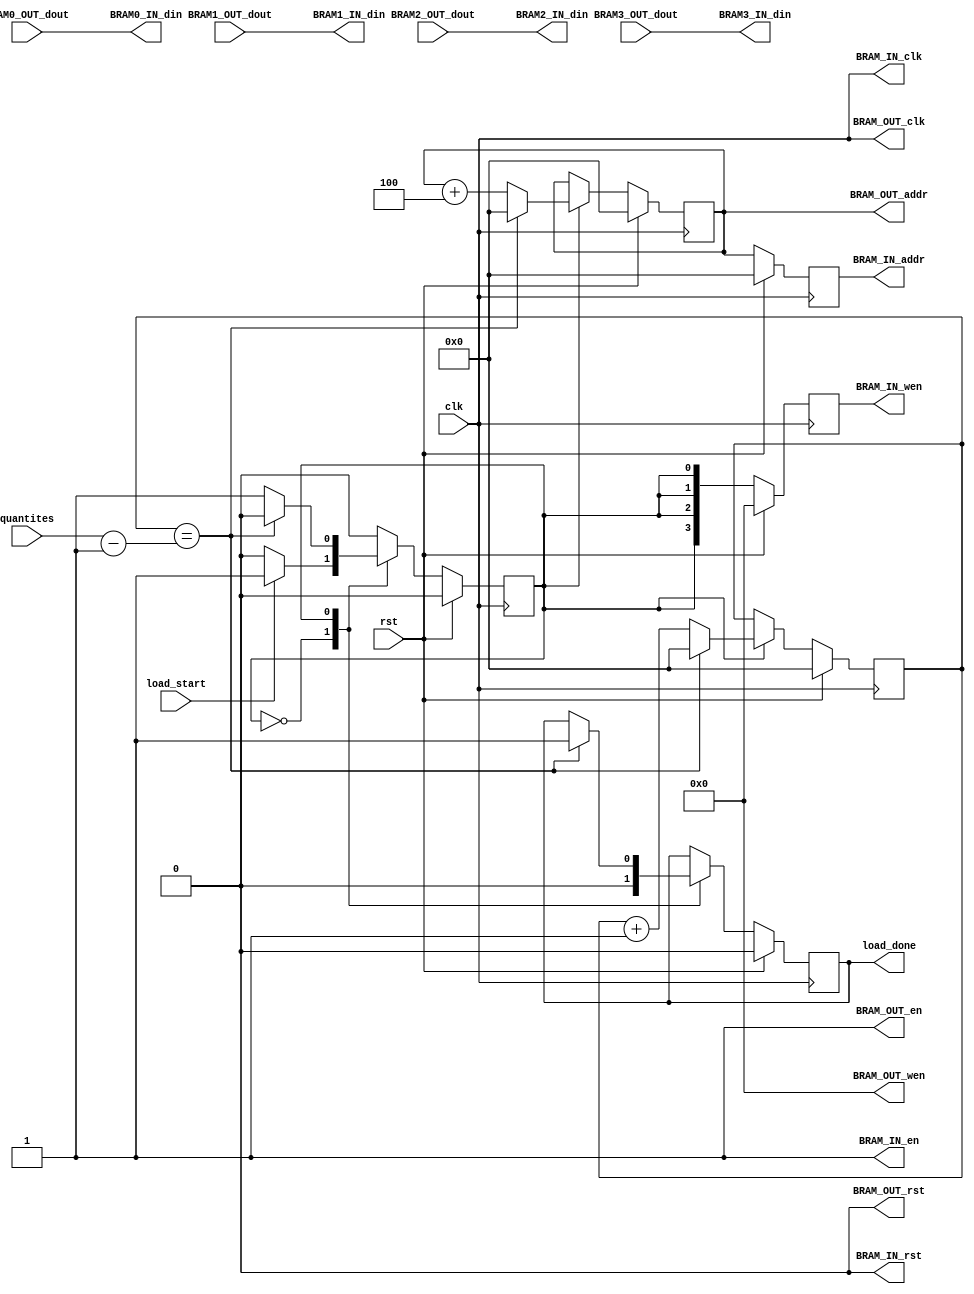
`timescale 1ns / 1ps
//////////////////////////////////////////////////////////////////////////////////
// Company: 
// Engineer: 
// 
// Design Name: 
// Module Name: bram_transfer
// Project Name: 
// Target Devices: 
// Tool Versions: 
// Description: 
// 
// Dependencies: 
// 
// Revision:
// Revision 0.01 - File Created
// Additional Comments:
// 
//////////////////////////////////////////////////////////////////////////////////


module bram_transfer(
    clk, rst,
    
    load_start,
    quantites,
    load_done,
    
    BRAM_IN_clk,
    BRAM_IN_en,
    BRAM_IN_rst,
    BRAM0_IN_din,
    BRAM1_IN_din,
    BRAM2_IN_din,
    BRAM3_IN_din,
    BRAM_IN_wen,
    BRAM_IN_addr,

    BRAM_OUT_clk,
    BRAM_OUT_en,
    BRAM_OUT_rst,
    BRAM_OUT_wen,
    BRAM_OUT_addr,
    BRAM0_OUT_dout,
    BRAM1_OUT_dout,
    BRAM2_OUT_dout,
    BRAM3_OUT_dout    
    );
    parameter BRAM_ADDR_BIT = 32;
    parameter BRAM_WIDTH = 32;
    
    parameter BRAM_BYTE = BRAM_ADDR_BIT/8;
    localparam STATE_IDLE = 0;
    localparam STATE_LOAD = 1;
////////////////////////////////////////////////////////////////////
    input clk, rst, load_start;
    input [31:0]quantites;
    output reg load_done;
    
    output BRAM_IN_clk, BRAM_IN_en, BRAM_IN_rst;
    output [BRAM_WIDTH-1:0] BRAM0_IN_din, BRAM1_IN_din, BRAM2_IN_din, BRAM3_IN_din;
    output reg [BRAM_BYTE-1:0] BRAM_IN_wen;
    output reg [BRAM_ADDR_BIT-1:0] BRAM_IN_addr;
    
    output BRAM_OUT_clk, BRAM_OUT_en, BRAM_OUT_rst;
    output [BRAM_BYTE-1:0] BRAM_OUT_wen;
    output reg [BRAM_ADDR_BIT-1:0] BRAM_OUT_addr;
    input [BRAM_WIDTH-1:0] BRAM0_OUT_dout, BRAM1_OUT_dout, BRAM2_OUT_dout, BRAM3_OUT_dout;   
////////////////////////////////////////////////////////////////////
    reg       state;
    reg [31:0]cnt;
////////////////////////////////////////////////////////////////////
    assign BRAM_IN_clk  = clk;
    assign BRAM_IN_en   = 1;
    assign BRAM_IN_rst  = 0;
    
    assign BRAM_OUT_clk  = clk;
    assign BRAM_OUT_en  = 1;
    assign BRAM_OUT_rst = 0;
    assign BRAM_OUT_wen = 0;

    assign BRAM0_IN_din = BRAM0_OUT_dout;
    assign BRAM1_IN_din = BRAM1_OUT_dout;
    assign BRAM2_IN_din = BRAM2_OUT_dout;
    assign BRAM3_IN_din = BRAM3_OUT_dout;
//////////////////////////////////////////////////////////////////// 
    always@(posedge clk) begin
        if(rst) begin
            BRAM_IN_wen   <= 0;
            BRAM_IN_addr  <= 0;
        end
        else begin
            BRAM_IN_addr <= BRAM_OUT_addr;
            BRAM_IN_wen  <= {4{state}};
        end
    end
    
    always@(posedge clk) begin
        if(rst) begin
            state         <= STATE_IDLE;
            BRAM_OUT_addr <= 0;
            cnt           <= 0;
            load_done     <= 0;
        end
        else begin 
            case(state)
                STATE_IDLE: begin
                    if(load_start) begin
                        state        <= STATE_LOAD;
                    end
                    load_done     <= 0;
                end
                STATE_LOAD: begin
                    if(cnt == (quantites-1)) begin
                        state     <= STATE_IDLE;
                        load_done <= 1;
                        cnt           <= 0;
                        BRAM_OUT_addr <= 0; 
                    end
                    else begin
                        BRAM_OUT_addr <= BRAM_OUT_addr + 4;
                        cnt           <= cnt + 1;
                    end
                end
             endcase    
        end
    end
endmodule